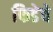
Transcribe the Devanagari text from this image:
फिडेचे